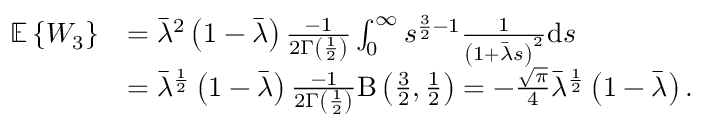
\begin{array} { r l } { \mathbb { E } \left\{ W _ { 3 } \right\} } & { = \bar { \lambda } ^ { 2 } \left( 1 - \bar { \lambda } \right) \frac { - 1 } { 2 \Gamma \left( \frac { 1 } { 2 } \right) } \int _ { 0 } ^ { \infty } s ^ { \frac { 3 } { 2 } - 1 } \frac { 1 } { \left( 1 + \bar { \lambda } s \right) ^ { 2 } } \mathrm { d } s } \\ & { = \bar { \lambda } ^ { \frac { 1 } { 2 } } \left( 1 - \bar { \lambda } \right) \frac { - 1 } { 2 \Gamma \left( \frac { 1 } { 2 } \right) } \mathrm { B } \left( \frac { 3 } { 2 } , \frac { 1 } { 2 } \right) = - \frac { \sqrt { \pi } } { 4 } \bar { \lambda } ^ { \frac { 1 } { 2 } } \left( 1 - \bar { \lambda } \right) . } \end{array}